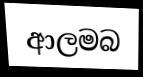
ආලමබ